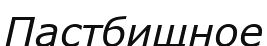
Пастбищное